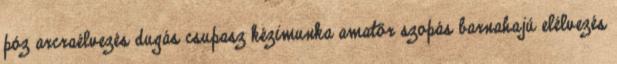
póz arcraélvezés dugás csupasz kézimunka amatőr szopás barnahajú elélvezés